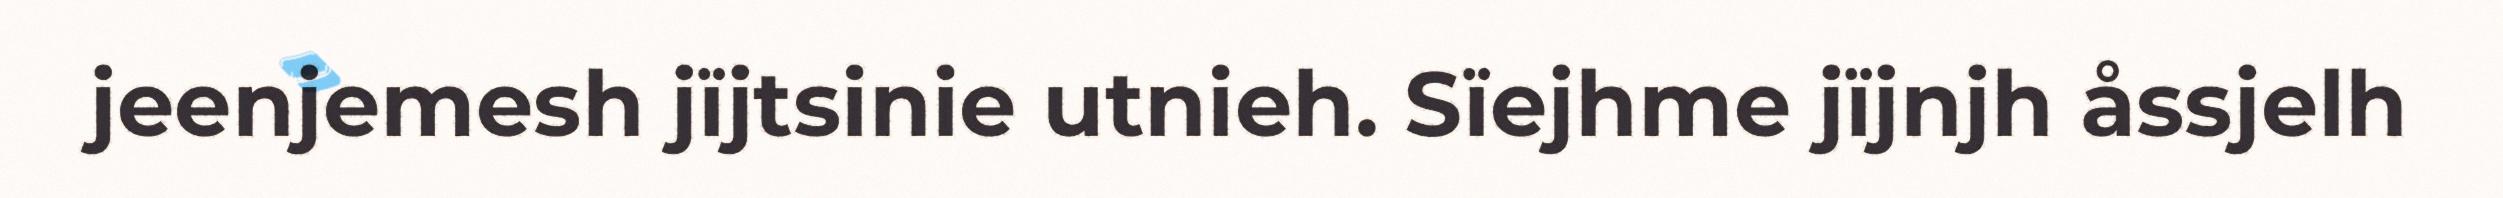
jeenjemesh jïjtsinie utnieh. Sïejhme jïjnjh åssjelh